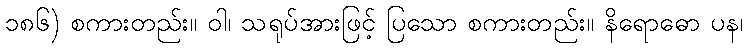
၁၈၆) စကားတည်း။ ဝါ၊ သရုပ်အားဖြင့် ပြသော စကားတည်း။ နိရောဓော ပန၊